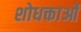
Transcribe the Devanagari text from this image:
शोधक्ताओं